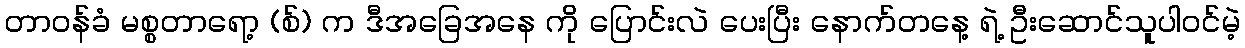
တာဝန်ခံ မစ္စတာရော့ (စ်) က ဒီအခြေအနေ ကို ပြောင်းလဲ ပေးပြီး နောက်တနေ့ ရဲ့ ဦးဆောင်သူပါဝင်မဲ့